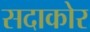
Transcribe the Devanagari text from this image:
सदाकोर